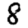
Digit: 8